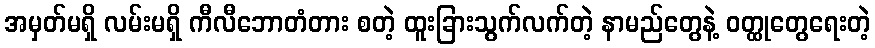
အမှတ်မရှိ လမ်းမရှိ ကီလီဘောတံတား စတဲ့ ထူးခြားသွက်လက်တဲ့ နာမည်တွေနဲ့ ဝတ္ထုတွေရေးတဲ့